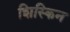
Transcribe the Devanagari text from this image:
शिस्किन